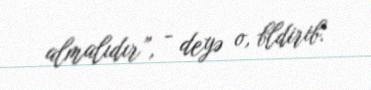
almalıdır”, - deyə o, bldirib.